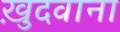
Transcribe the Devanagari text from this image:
ख़ुदवाना